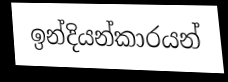
ඉන්දියන්කාරයන්